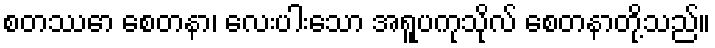
စတဿော စေတနာ၊ လေးပါးသော အရူပကုသိုလ် စေတနာတို့သည်။